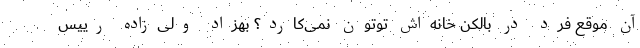
آن موقع فرد در بالکن خانه‌اش توتون نمی‌کارد؟ بهزاد ولی‌زاده رییس